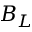
B _ { L }